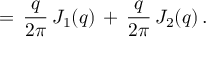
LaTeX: = \, \frac { q } { 2 \pi } \, J _ { 1 } ( q ) \, + \, \frac { q } { 2 \pi } \, J _ { 2 } ( q ) \, { . }